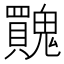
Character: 𩴬